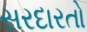
સરદારતો